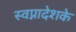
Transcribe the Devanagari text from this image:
स्वप्नादेशके